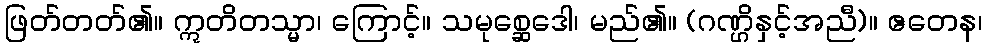
ဖြတ်တတ်၏။ ဣတိတသ္မာ၊ ကြောင့်။ သမုစ္ဆေဒေါ၊ မည်၏။ (ဂဏ္ဌိနှင့်အညီ)။ ဧတေန၊